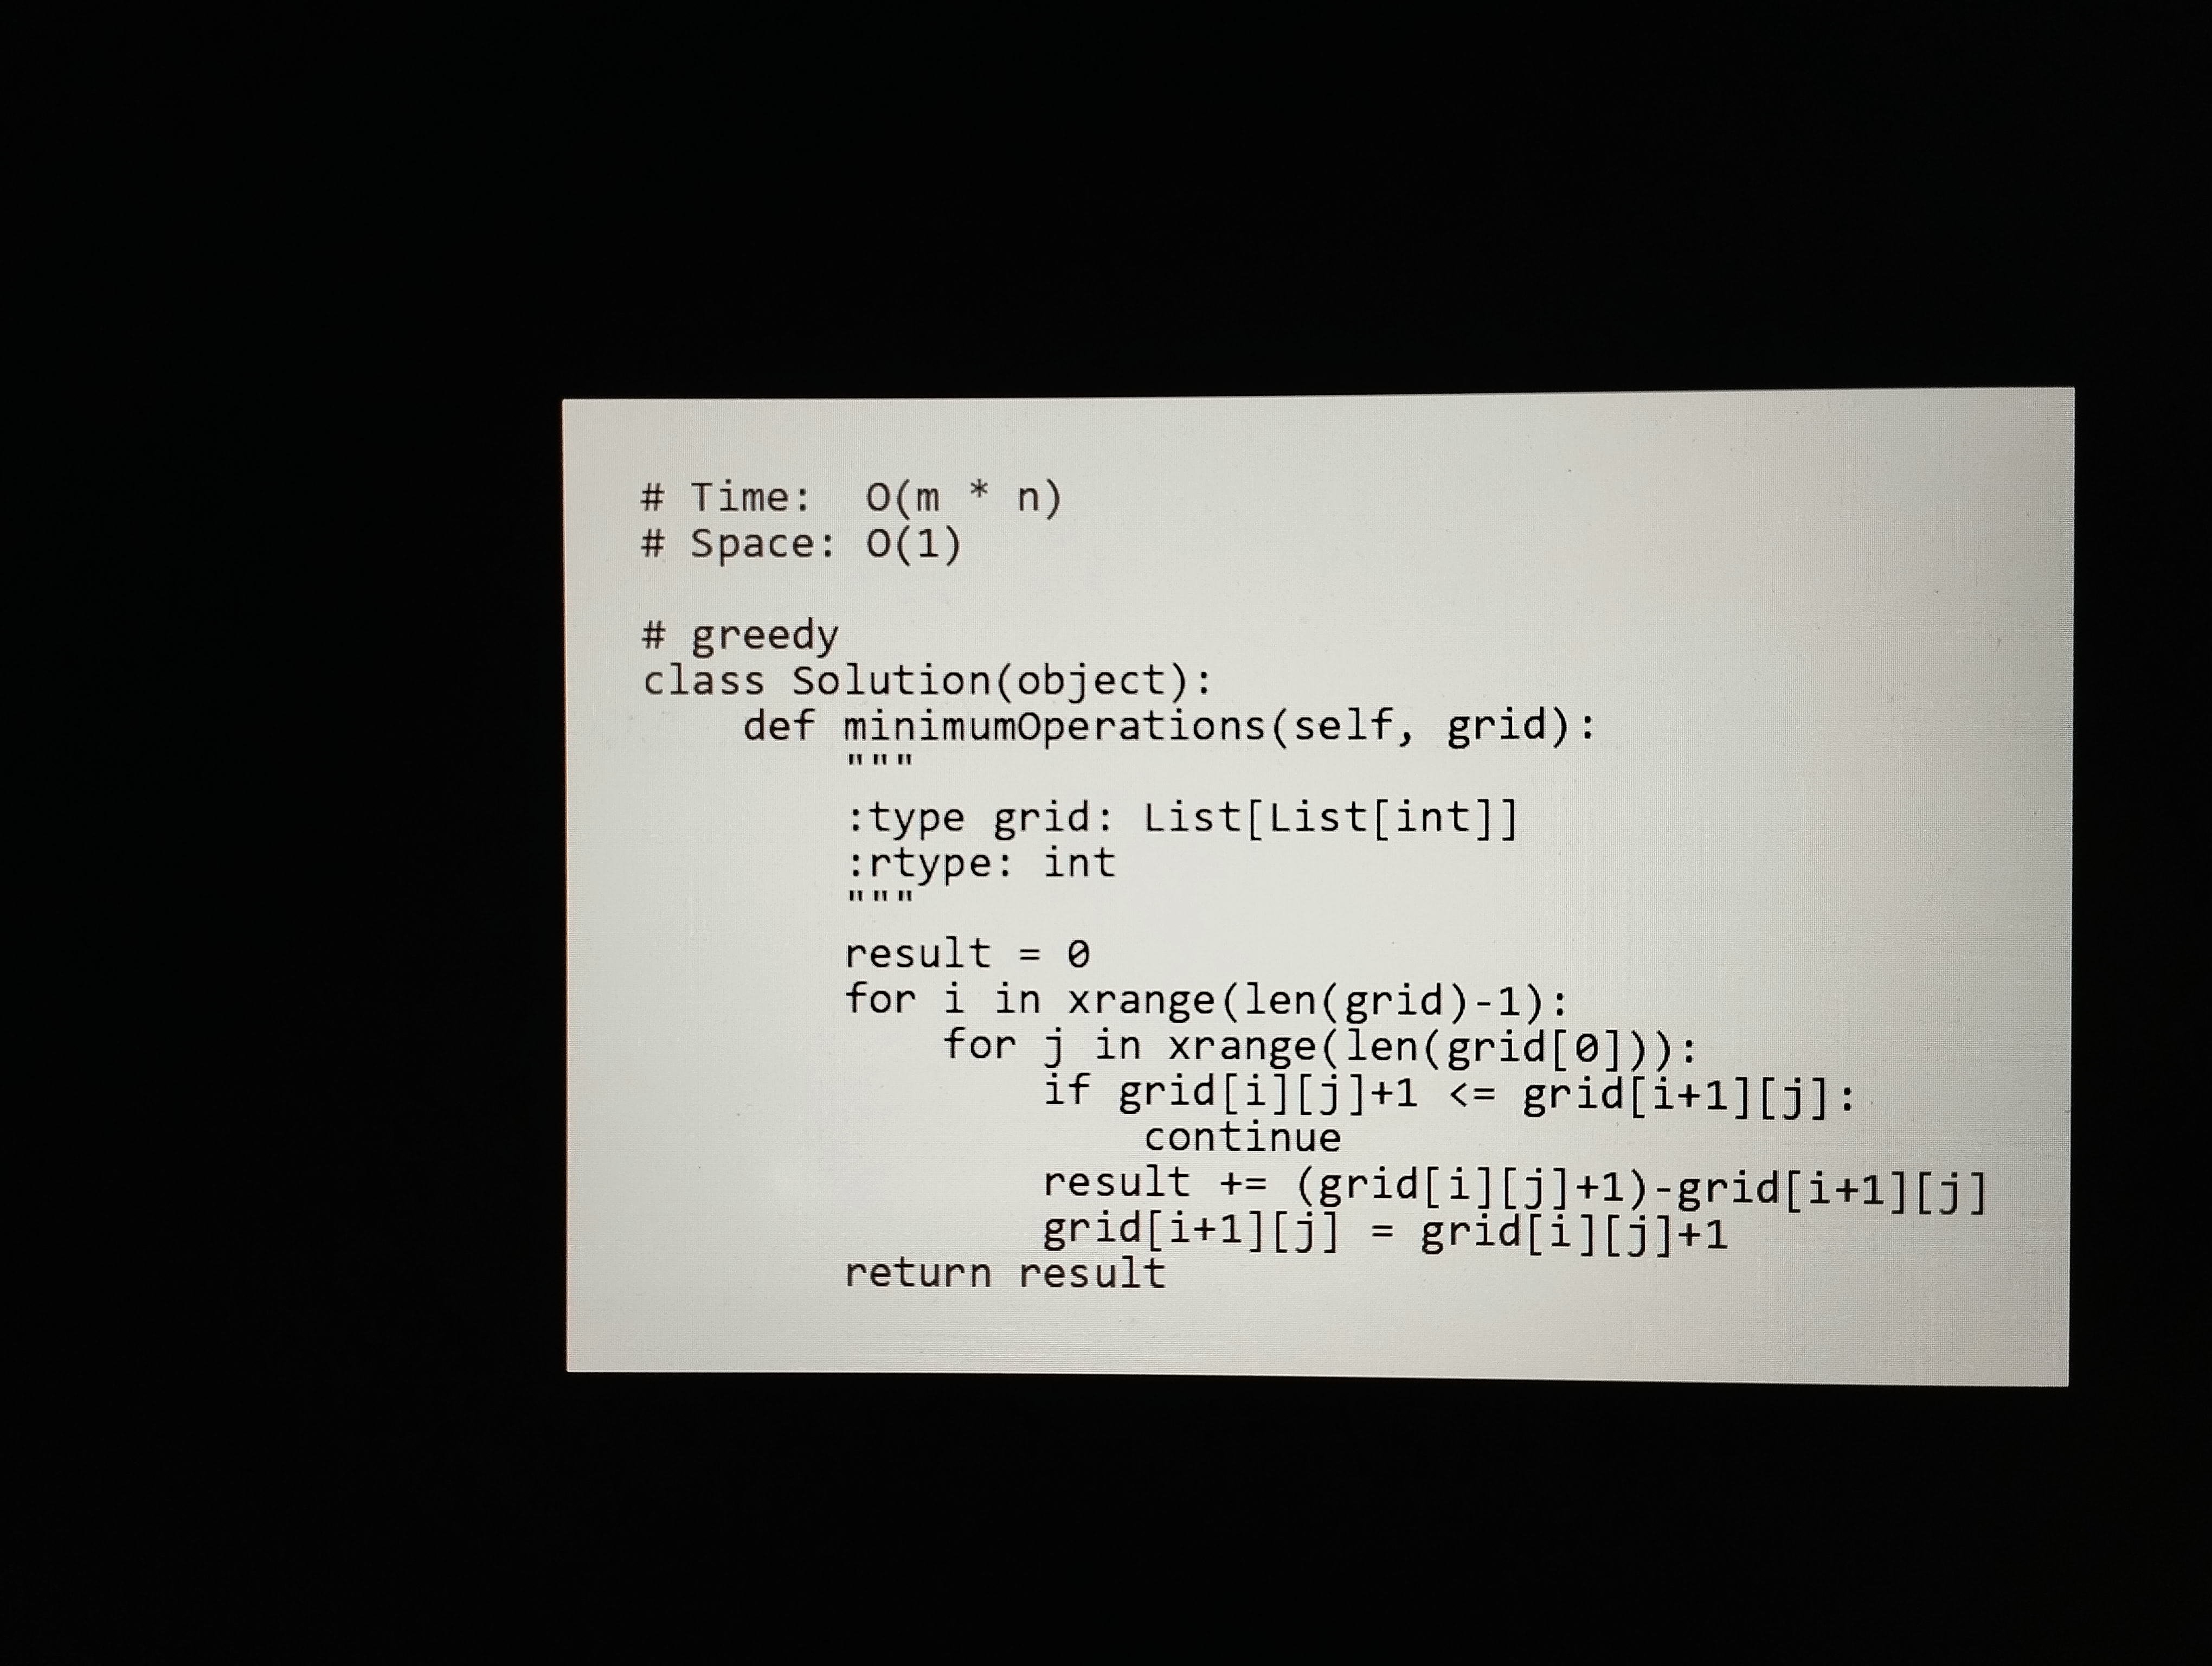
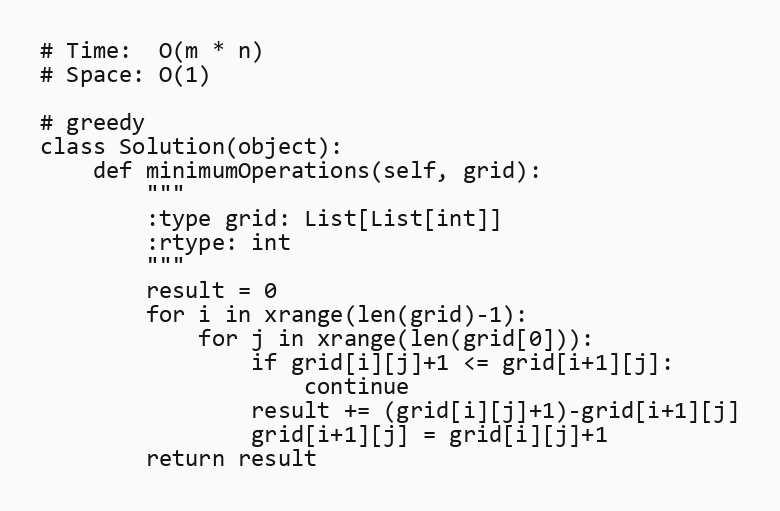
# Time:  O(m * n)
# Space: O(1)

# greedy
class Solution(object):
    def minimumOperations(self, grid):
        """
        :type grid: List[List[int]]
        :rtype: int
        """
        result = 0
        for i in xrange(len(grid)-1):
            for j in xrange(len(grid[0])):
                if grid[i][j]+1 <= grid[i+1][j]:
                    continue
                result += (grid[i][j]+1)-grid[i+1][j]
                grid[i+1][j] = grid[i][j]+1
        return result